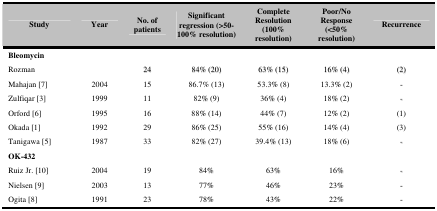
| Study | Year | No. of patients | Significant regression (>50-100% resolution) | Complete Resolution (100% resolution) | Poor/No Response (<50% resolution) | Recurrence |
 | --- | --- | --- | --- | --- | --- | --- |
 | <COLSPAN=7> Bleomycin |
 | Rozman |  | 24 | 84% (20) | 63% (15) | 16% (4) | (2) |
 | Mahajan [7] | 2004 | 15 | 86.7% (13) | 53.3% (8) | 13.3% (2) | - |
 | Zulfiqar [3] | 1999 | 11 | 82% (9) | 36% (4) | 18% (2) | - |
 | Orford [6] | 1995 | 16 | 88% (14) | 44% (7) | 12% (2) | (1) |
 | Okada [1] | 1992 | 29 | 86% (25) | 55% (16) | 14% (4) | (3) |
 | Tanigawa [5] | 1987 | 33 | 82% (27) | 39.4% (13) | 18% (6) | - |
 | <COLSPAN=7> OK-432 |
 | Ruiz Jr. [10] | 2004 | 19 | 84% | 63% | 16% | - |
 | Nielsen [9] | 2003 | 13 | 77% | 46% | 23% | - |
 | Ogita [8] | 1991 | 23 | 78% | 43% | 22% | - |